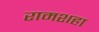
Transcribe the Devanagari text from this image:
रामशहा